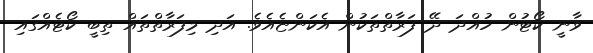
ވާނީ ކޯޓުން ހުއްދަ ދޭ ފަރާތްތަކުން އެކަންޏެއެވެ. އަދި މިފަރާތްތައް ތިބީ ކޯޓެއްގައި